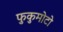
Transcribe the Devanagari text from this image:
फुकुमोटो